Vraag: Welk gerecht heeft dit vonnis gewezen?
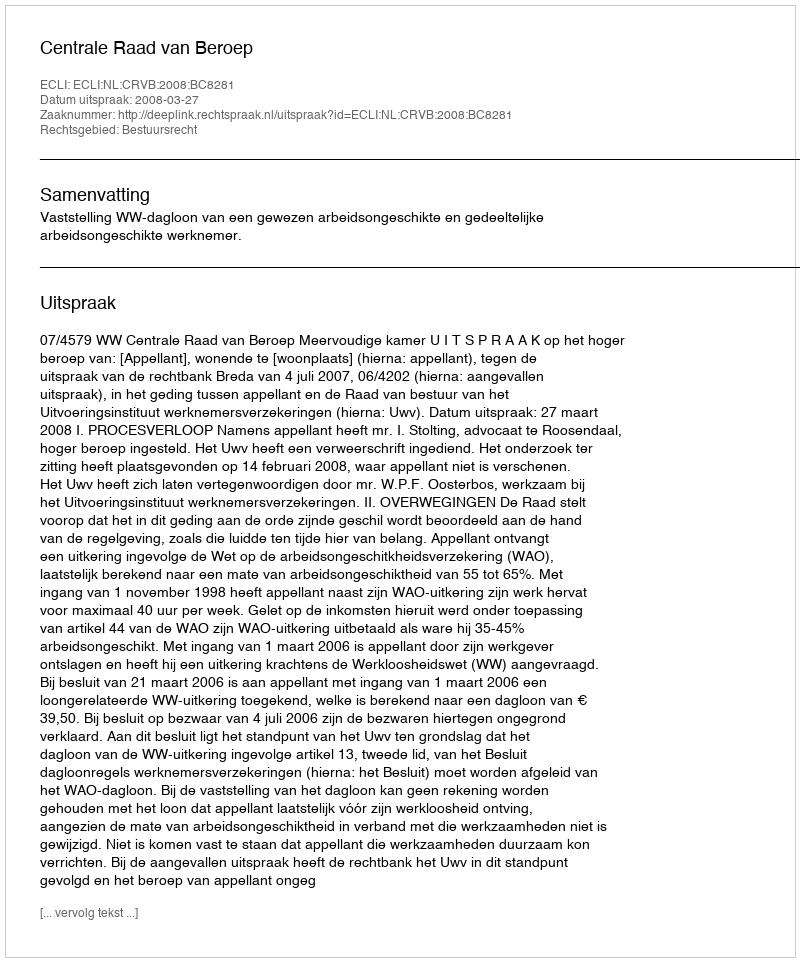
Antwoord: Centrale Raad van Beroep